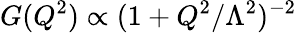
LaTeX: G(Q^{2})\propto(1+Q^{2}/\Lambda^{2})^{-2}